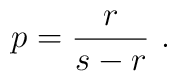
\displaystyle p=\frac{r}{s-r}\, \, .